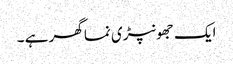
ایک جھونپڑی نما گھر ہے ۔